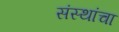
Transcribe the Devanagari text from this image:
संस्‍थांचा